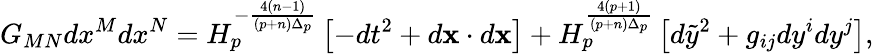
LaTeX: G_{MN}dx^{M}dx^{N}=H_{p}^{-{\frac{4(n-1)}{(p+n)\Delta_{p}}}}\left[-dt^{2}+d{\mathbf x}\cdot d{\mathbf x}\right]+H_{p}^{\frac{4(p+1)}{(p+n)\Delta_{p}}}\left[d\tilde{y}^{2}+g_{ij}dy^{i}dy^{j}\right],